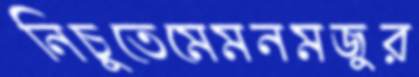
নিচুতেমেমনমজুর